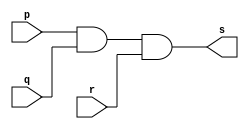
// -------------------------
// Exercicio08 - AND
// Nome: xxx yyy zzz
// -------------------------
// -------------------------
// -- and gate
// -------------------------
module andgate ( output s, 
                           input  p, 
                           input  q,
						   input r);
assign s = p & q & r;
endmodule // andgate
// ---------------------
// -- test and gate
// ---------------------
module testandgate;
// ------------------------- dados locais
   reg   a, b, c; // definir registradores
wire  s;    // definir conexao (fio)
// ------------------------- instancia
   andgate AND1 (s, a, b, c);
// ------------------------- preparacao
   initial begin:start
                   // atribuicao simultanea
// dos valores iniciais
      a=0; b=0;c=0; //syntax error Syntax in assignment statement 1-value (havia colocado ; no lugar da ,)
   end
// ------------------------- parte principal
   initial begin
         $display("Exercicio08 - xxx yyy zzz - 999999");
         $display("Test AND gate");
         $display("\na & b = s\n");
         $monitor("%b & %b & %b = %b", a, b, c, s);  
	#1	   a=0; b=0; c=0;
    #1     a=0; b=0; c=1;
    #1     a=0; b=1; c=0;
    #1     a=0; b=1; c=1;
	#1	   a=1; b=0; c=0;
	#1	   a=1; b=0; c=1;
	#1	   a=1; b=1; c=0;
	#1	   a=1; b=1; c=1;
  end
endmodule // testandgate